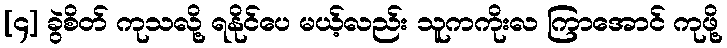
[၄] ခွဲစိတ် ကုသလို့ ရနိုင်ပေ မယ့်လည်း သူကကိုးလ ကြာအောင် ကုဖို့